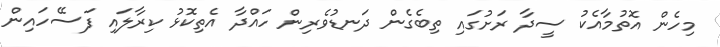
މިހެން އޮތުމާއެކު ސީދާ ރަށުގައި ތިބެގެން ދަނޑުވެރިން ހައްދާ އެތިކޮޅު ކިރާލައި ފަސޭހައިން